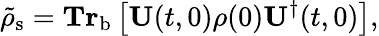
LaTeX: \tilde{\mathbf{\rho}}_{\mathrm{s}}=\mathbf{Tr}_{\mathrm{b}}\left[\mathbf{U}(t,0)\mathbf{\rho}(0)\mathbf{U}^{\dagger}(t,0)\right],